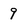
Character: 9